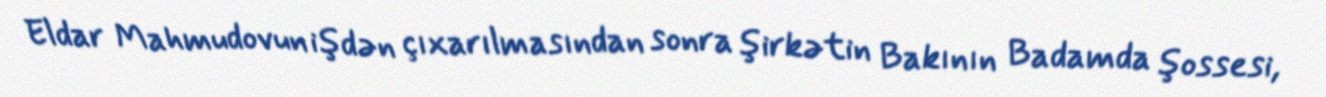
Eldar Mahmudovun işdən çıxarılmasından sonra şirkətin Bakının Badamda şossesi,